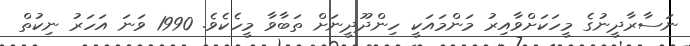
ނަސާރާދީނުގެ މީހަކަށްވާއިރު މަންމައަކީ ހިންދޫދީނަށް ތަބާވާ މީހެކެވެ. 1990 ވަނަ އަހަރު ނިކުތް